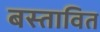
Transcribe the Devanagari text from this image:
बस्तावित